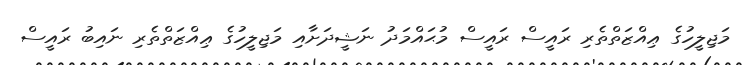
މަޖިލީހުގެ ޢިއްޒަތްތެރި ރައީސް ރައީސް މުޙައްމަދު ނަޝީދަށާއި މަޖިލީހުގެ ޢިއްޒަތްތެރި ނައިބު ރައީސް